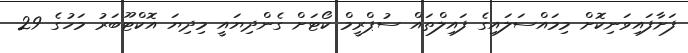
ފަށާފައިވަނިކޮށް މިމައްސަލައިގެ ފައިލްތައް ސުޕްރީމް ކޯޓަށް ގެންދިޔައީ މިދިޔަ އޮކްޓޫބަރު މަހުގެ 29